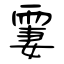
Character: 霋